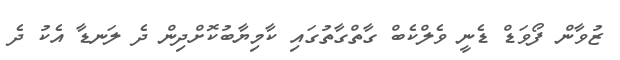
ޒުވާން ފޯވަޑް ޑެނީ ވެލްކެބް ގާތްގާތުގައި ކާމިޔާބުކޮށްދިން ދެ ލަނޑާ އެކު ދެ